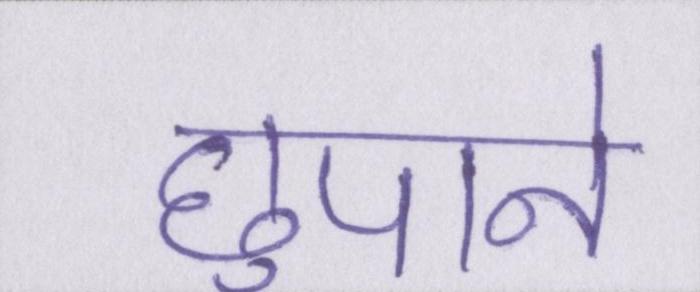
छुपाने